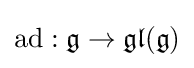
\operatorname {ad} :{\mathfrak {g}}\to {\mathfrak {gl}}({\mathfrak {g}})